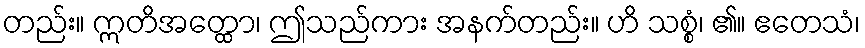
တည်း။ ဣတိအတ္ထော၊ ဤသည်ကား အနက်တည်း။ ဟိ သစ္စံ၊ ၏။ ဧတေသံ၊